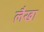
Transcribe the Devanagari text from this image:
लैखा